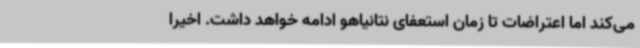
می‌کند اما اعتراضات تا زمان استعفای نتانیاهو ادامه خواهد داشت. اخیرا